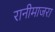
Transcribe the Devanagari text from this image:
रानीमाजरा